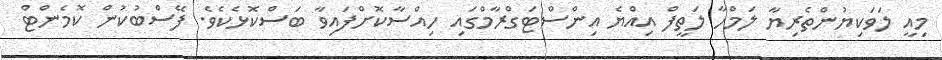
މިއީ ލަވަކިޔުންތެރިޔާ ލަމްހާ ލަތީފް އިއްޔެ އިންސްޓަގްރާމްގައި ހިއްސާކޮށްފައިވާ ބަސްކޮޅެކެވެ. ފޭސްބުކުން ކޮމެންޓް